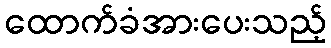
ထောက်ခံအားပေးသည့်